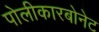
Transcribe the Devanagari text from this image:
पोलीकारबोनेट